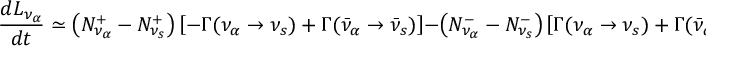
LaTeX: \frac { d L _ { \nu _ { \alpha } } } { d t } \simeq \left( { \cal N } _ { \nu _ { \alpha } } ^ { + } - { \cal N } _ { \nu _ { s } } ^ { + } \right) \left[ - \Gamma ( \nu _ { \alpha } \to \nu _ { s } ) + \Gamma ( \bar { \nu } _ { \alpha } \to \bar { \nu } _ { s } ) \right] - \left( { \cal N } _ { \nu _ { \alpha } } ^ { - } - { \cal N } _ { \nu _ { s } } ^ { - } \right) \left[ \Gamma ( \nu _ { \alpha } \to \nu _ { s } ) + \Gamma ( \bar { \nu } _ { \alpha } \to \bar { \nu } _ { s } ) \right] ,